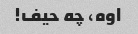
اوه، چه حیف!